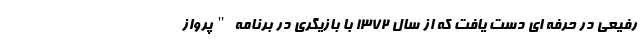
رفیعی در حرفه اي دست يافت که از سال 1372 با بازیگری در برنامه "پرواز